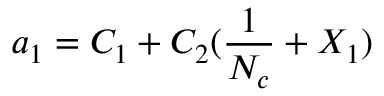
a _ { 1 } = C _ { 1 } + C _ { 2 } ( \frac { 1 } { N _ { c } } + X _ { 1 } ) \nonumber